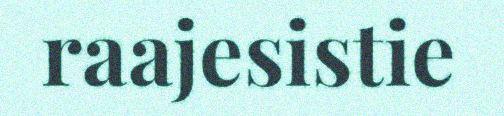
raajesistie